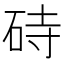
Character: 𪿚